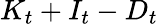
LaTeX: K_{t}+I_{t}-D_{t}